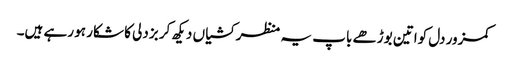
کمزور دل کواتین بوڑھے باپ یہ منظر کشیاں دیکھ کر بزدلی کا شکار ہو رہے ہیں۔